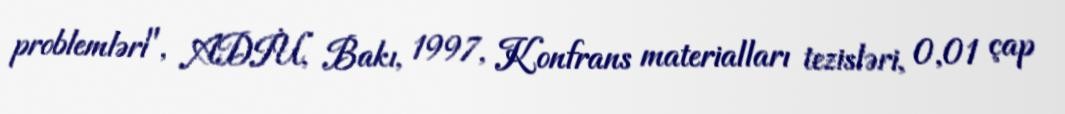
problemləri", ADİU, Bakı, 1997, Konfrans materialları tezisləri, 0,01 çap